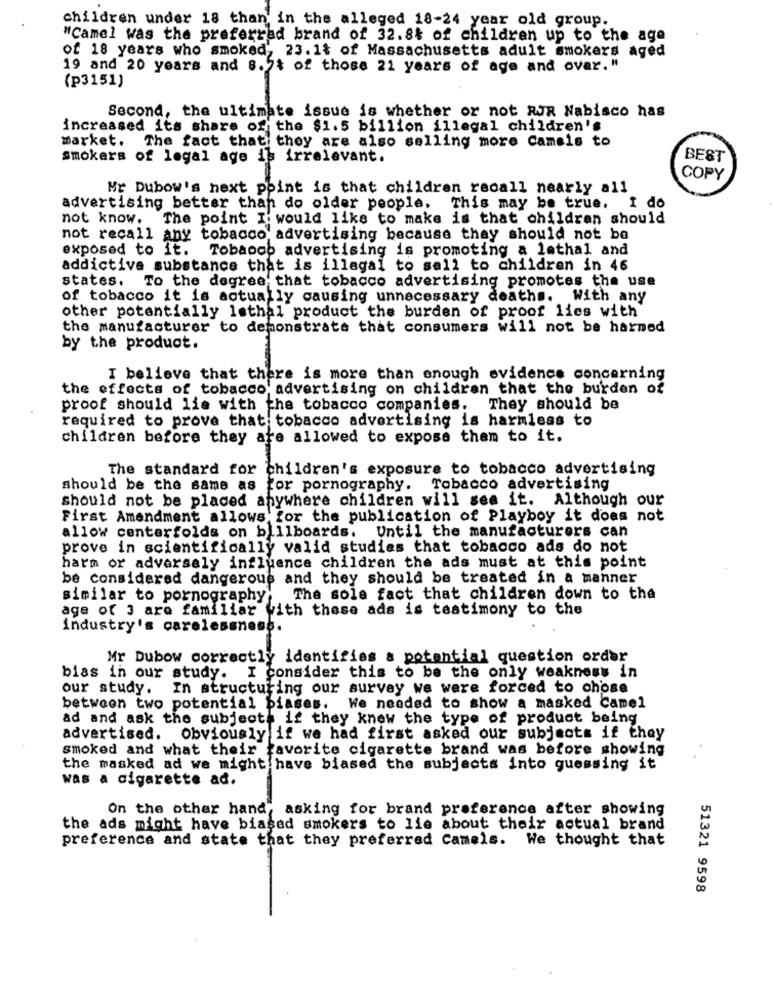
children under 18 than in the alleged 18-24 year old group.
"Camel was the preferred brand of 32.8% of children up to the age
of 18 years who smoked, 23.1% of Massachusetts adult smokers aged
19 and 20 years and 8.2% of those 21 years of age and over. "
(p3151)
Second, the ultimate issue is whether or not RUR Nabisco has
increased its share of the $1.5 billion illegal children's
market. The fact that they are also selling more Camals to
smokers of legal age is irrelevant.
BEST
COPY
Mr Dubow's next point is that children recall nearly all
advertising better than do older people. This may be true. I do
not know. The point I would like to make is that children should
not recall any tobacco advertising because they should not be
exposed to it. Tobaoob advertising is promoting a lethal and
addictive substance that is illegal to sell to children in 46
states. To the degree that tobacco advertising promotes the use
of tobacco it is actually causing unnecessary deaths. With any
other potentially lethal product the burden of proof lies with
the manufacturer to demonstrate that consumers will not be harmed
by the product.
I believe that there is more than enough evidence concerning
the effects of tobacco advertising on children that the burden of
proof should lie with the tobacco companies. They should be
required to prove that tobacco advertising is harmless to
children before they are allowed to expose them to it.
The standard for children's exposure to tobacco advertising
should be the same as for pornography. Tobacco advertising
should not be placed anywhere children will see it. Although our
First Amendment allows for the publication of Playboy it does not
allow centerfolds on billboards.
Until the manufacturers can
prove in scientifically valid studies that tobacco ads do not
harm or adversely influence children the ads must at this point
be considered dangerous and they should be treated in a manner
similar to pornography;
The sole fact that children down to the
age of ) are familiar with these ads is testimony to the
industry's carelessness.
Mr Dubow correctly identifies a potential question order
bias in our study. I consider this to be the only weakness in
our study.
In structuring our survey we were forced to chose
between two potential biases.
We needed to show a masked Camel
ad and ask the subjects if they knew the type of product being
advertised. Obviously if we had first asked our subjects if they
smoked and what their favorite cigarette brand was before showing
the masked ad we might have biased the subjects into guessing it
was a cigarette ad.
On the other hand, asking for brand preference after showing
the ads might have biased smokers to lie about their actual brand
preference and state that they preferred Camels. We thought that
51321 9598